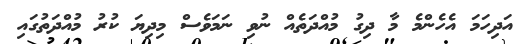
އަދިހަމަ އެހެންމެ މާ ދިގު މުއްދަތެއް ނުވި ނަމަވެސް މިދިޔަ ކުރު މުއްދަތުގައި